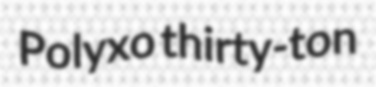
Polyxo thirty-ton